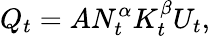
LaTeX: Q_{t}=AN_{t}^{\alpha}K_{t}^{\beta}U_{t},